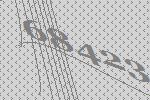
68423